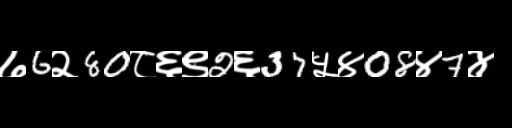
Text: ७6२80८६९2६37५४08४7४